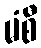
မံစီ